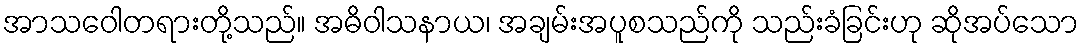
အာသဝေါတရားတို့သည်။ အဓိဝါသနာယ၊ အချမ်းအပူစသည်ကို သည်းခံခြင်းဟု ဆိုအပ်သော